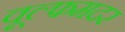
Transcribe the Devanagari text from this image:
वूल्‍फमदर